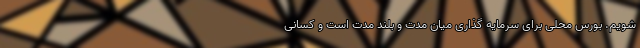
شویم. بورس محلی برای سرمایه گذاری میان مدت و بلند مدت است و کسانی